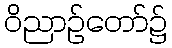
ဝိညာဉ်တော်၌